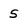
Character: S